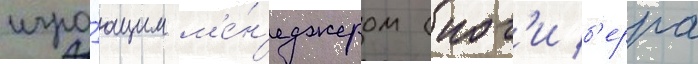
игра́ющим м'е́н'еджером (иог'и б'ерра